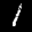
Label: 1